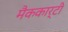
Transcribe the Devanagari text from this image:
मैककार्टी